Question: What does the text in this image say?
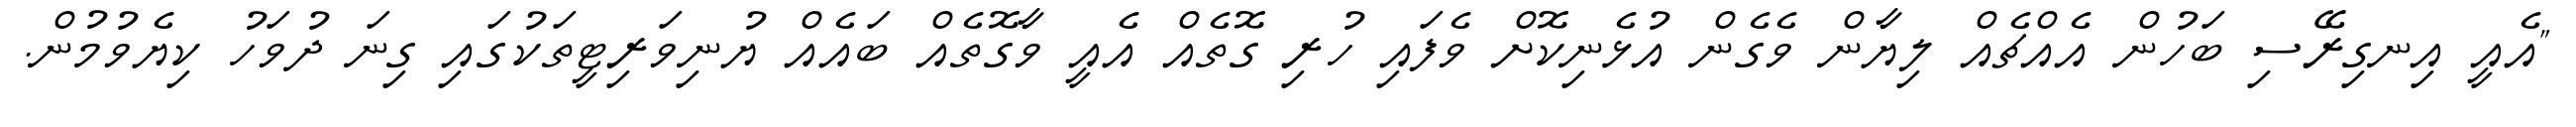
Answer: "އެއީ އިނގިރޭސި ބަހުން އެއްޗެއް ލިޔާން ވެގެން އުޅެނިކޮށް ވެފައި ހުރި ގޮތެއް އެއީ ވާގޮތެއް ބައެއް ޔުނިވަރިޓީތަކުގައި ގިނަ ދުވަހު ކިޔެވުމުން.